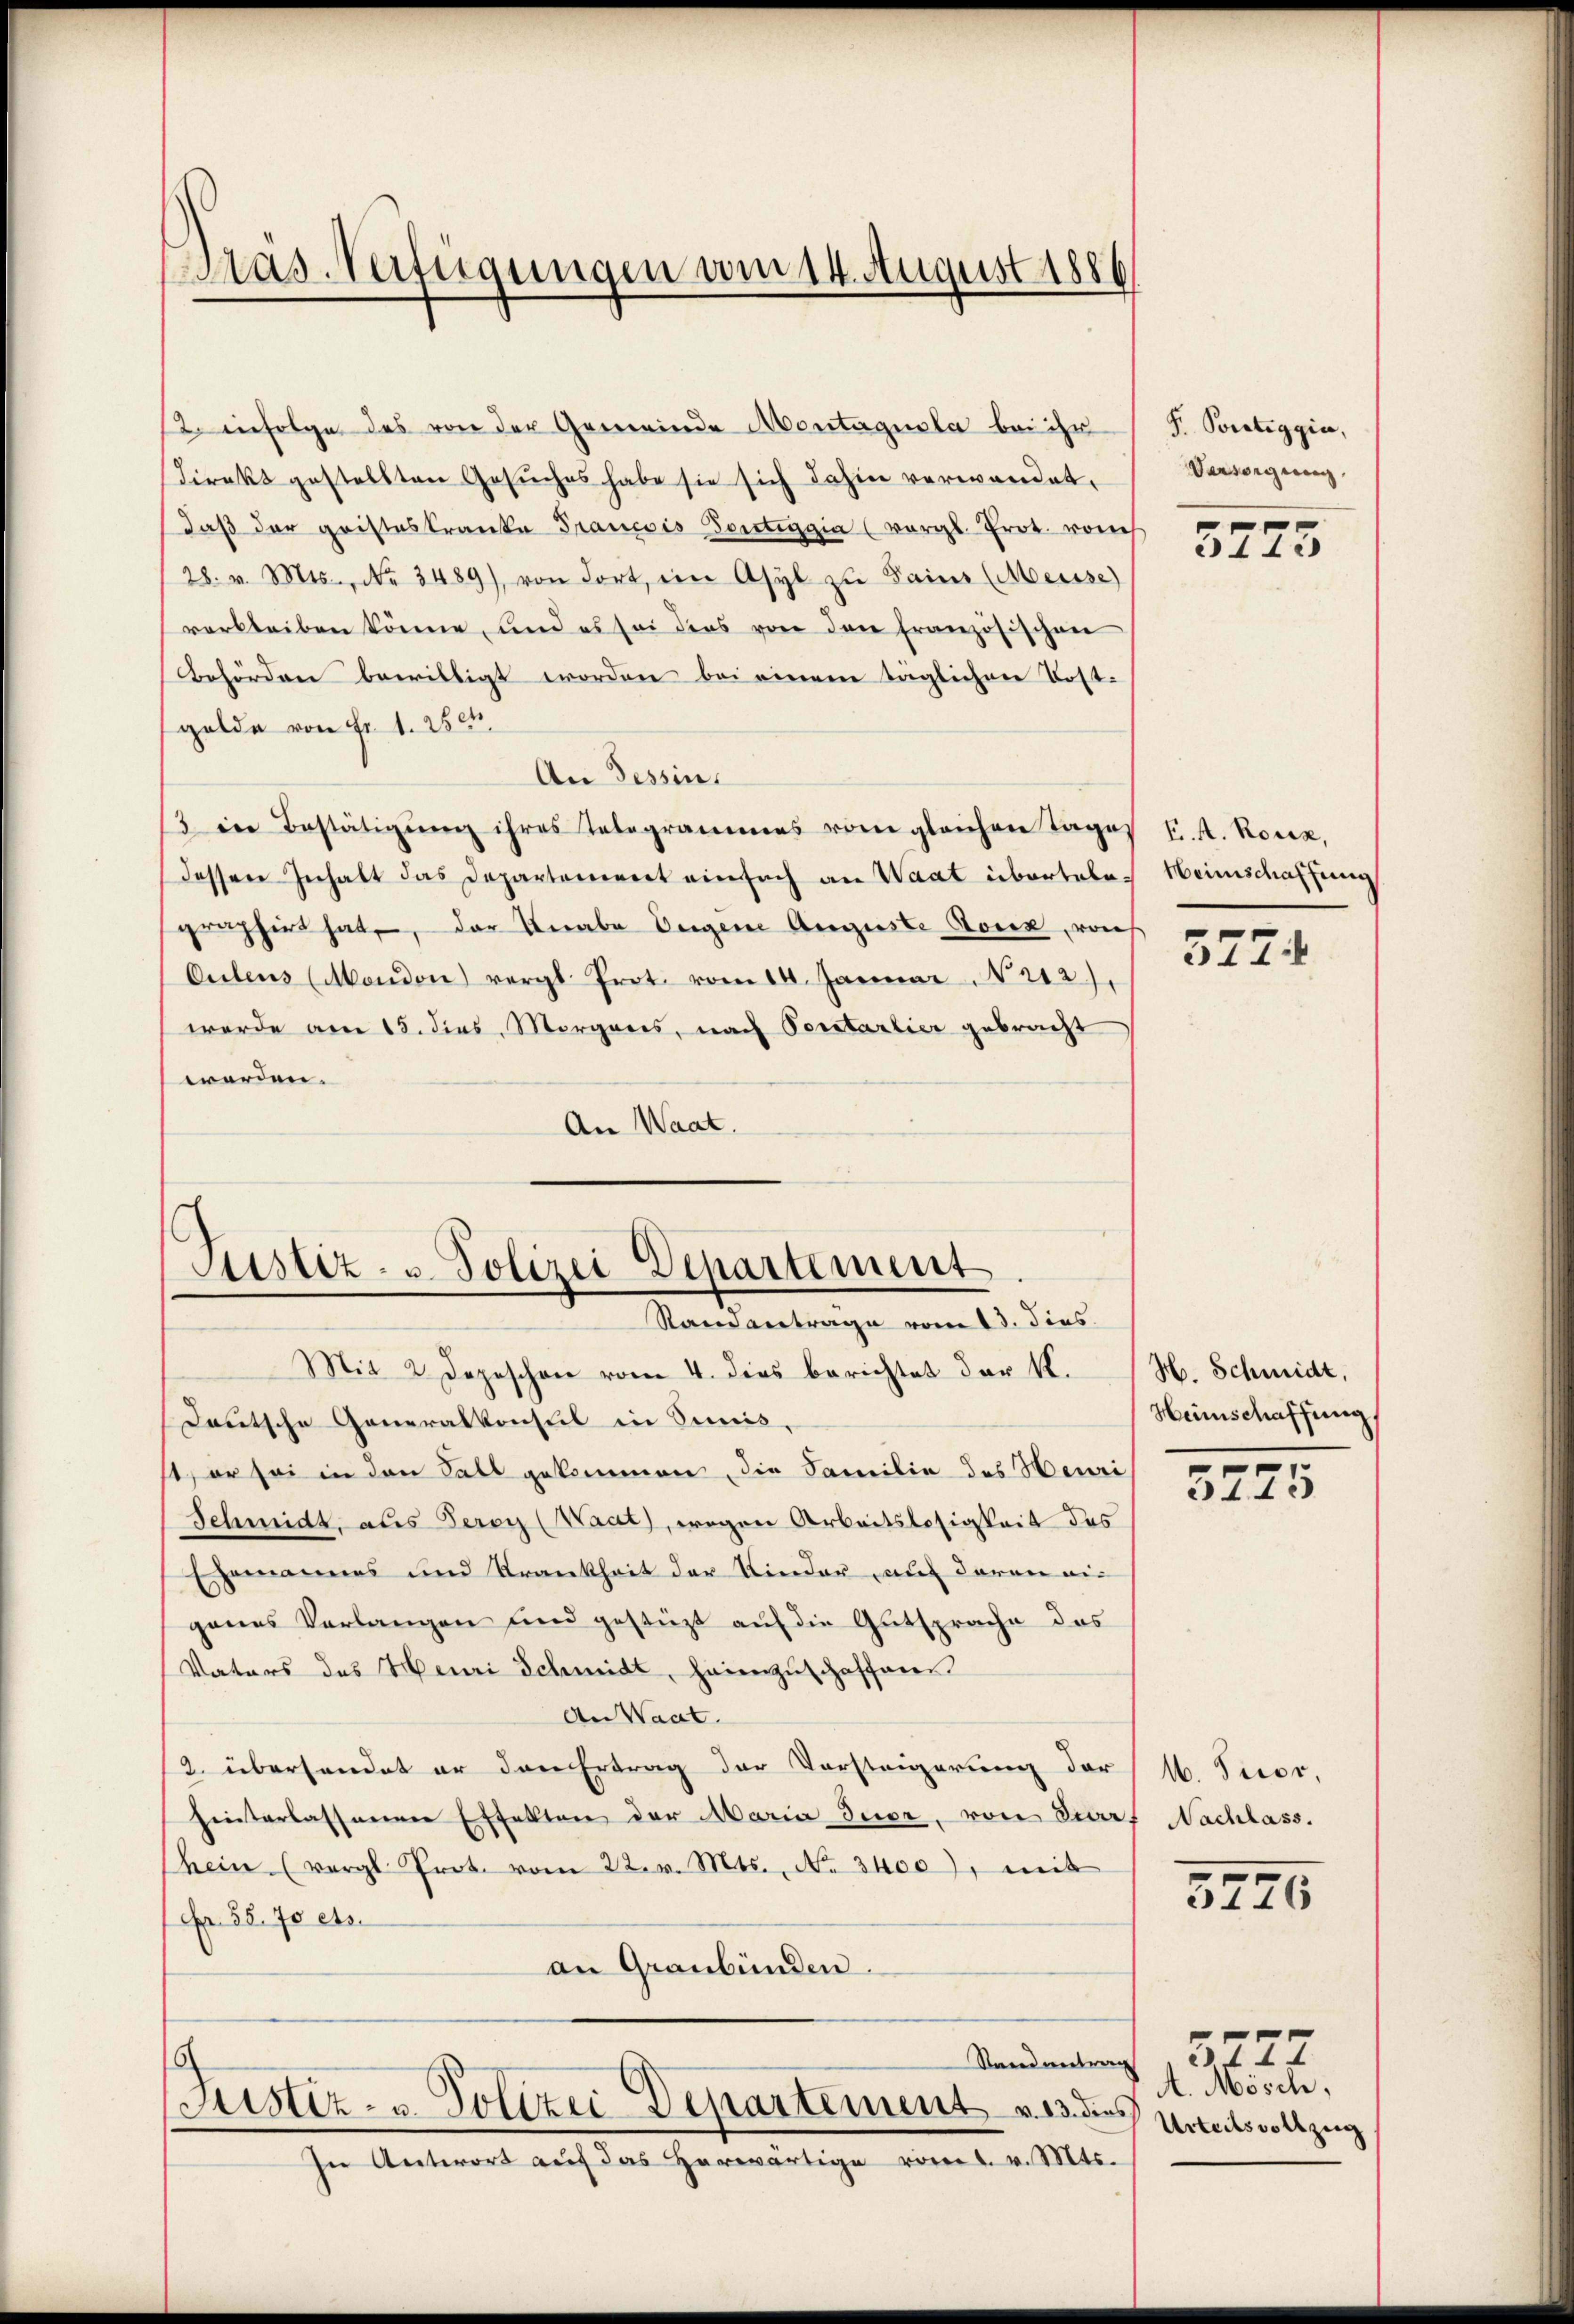
as-Verfügungen vom 14. August 1886

2. infolge das von der Gemeinde Montagesla bei ihr
Direkt gestellten Gesŭches habe sie sich dahin verwandet,
daß der gristeskranke Francois Portiggia (vergl. Prot. vom
/28. v. Mts., No. 3489), von dort, ein Asyl zu Sainz (Meisse)
verbleiben könne, und es sei dies von den französischen
Behörden bewilligt worden bei einem täglichen Postgelde von Fr. 1. 250.
An Tessin.
3 in Bestätigŭng ihres Telegrammes vom gleichen Tage
dessen Inhalt das Departement einfach an Waat übertale
graphirt hat, der Knabe Eugene Auguste Toux, von
Culens (Mandon) vergl. Prot. vom 14. Januar 212.)
werde am 15. dies Morgans, nach Portartier gebracht
werden.
An Waat.

Justiz- u. Polizei Departement
Standantrage vom 13. dies
Mit 2 Depeschen vom 4. dies berichtet der K.

Deutsche Generalkonsul in Simis.
1) er sei in den Fall gekommen, die Familie des Henri
Schmidt, aus Perry (Waat), wegen Arbeitslosigkeit des
Ehemannes und Krankheit der Kinder auf daran eigenes Verlangen und gestüzt auf die Gutsprache das
Vaters des Henri Schmidt, heimzuschaffees
An Waat.
2. übersendet er den Ertrag der Vorsteigerung der (M. Ticor,
hinterlassenen Effekten der Maria Tuor, von Dorf Nachlass.
hein (vergl. Prot. vom 22. v. Mts., No 3400), mit
Fr. 58. 70 cts.
an Graubünden.
Standentrag
Justiz- u. Polizei Departement v. 13. dies
In Antwort auf das herwärtige vom 1. v. Mts.

P. Portiggia,
Varsorgung

5775

v K. A. Roux,
Heimschaffung
¬

577.

H. Schmidt,
Heimschaffung
.

3443

5726

xx
4. Märche.
Urteilsvollzug